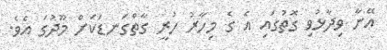
އޭނާ ވިދާޅުވި ގޮތުގައި އެ ގެ މިހާރު ހުރީ ގާތްގަނޑަކަށް މޫދުގަ އެވެ.